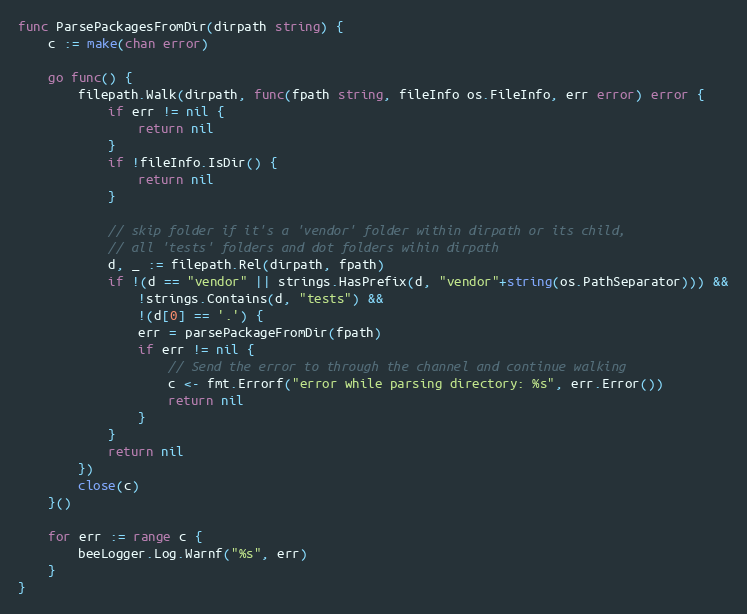
Language: Go
func ParsePackagesFromDir(dirpath string) {
	c := make(chan error)

	go func() {
		filepath.Walk(dirpath, func(fpath string, fileInfo os.FileInfo, err error) error {
			if err != nil {
				return nil
			}
			if !fileInfo.IsDir() {
				return nil
			}

			// skip folder if it's a 'vendor' folder within dirpath or its child,
			// all 'tests' folders and dot folders wihin dirpath
			d, _ := filepath.Rel(dirpath, fpath)
			if !(d == "vendor" || strings.HasPrefix(d, "vendor"+string(os.PathSeparator))) &&
				!strings.Contains(d, "tests") &&
				!(d[0] == '.') {
				err = parsePackageFromDir(fpath)
				if err != nil {
					// Send the error to through the channel and continue walking
					c <- fmt.Errorf("error while parsing directory: %s", err.Error())
					return nil
				}
			}
			return nil
		})
		close(c)
	}()

	for err := range c {
		beeLogger.Log.Warnf("%s", err)
	}
}